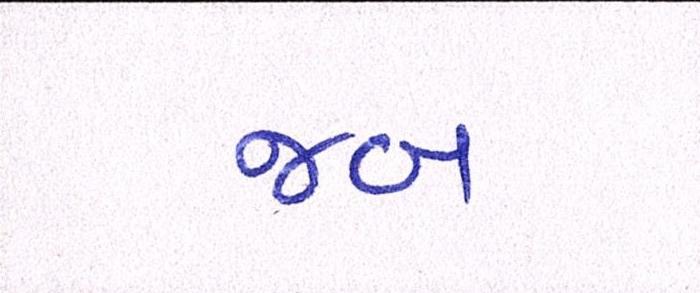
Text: જબ